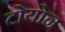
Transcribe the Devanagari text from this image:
टोयोन